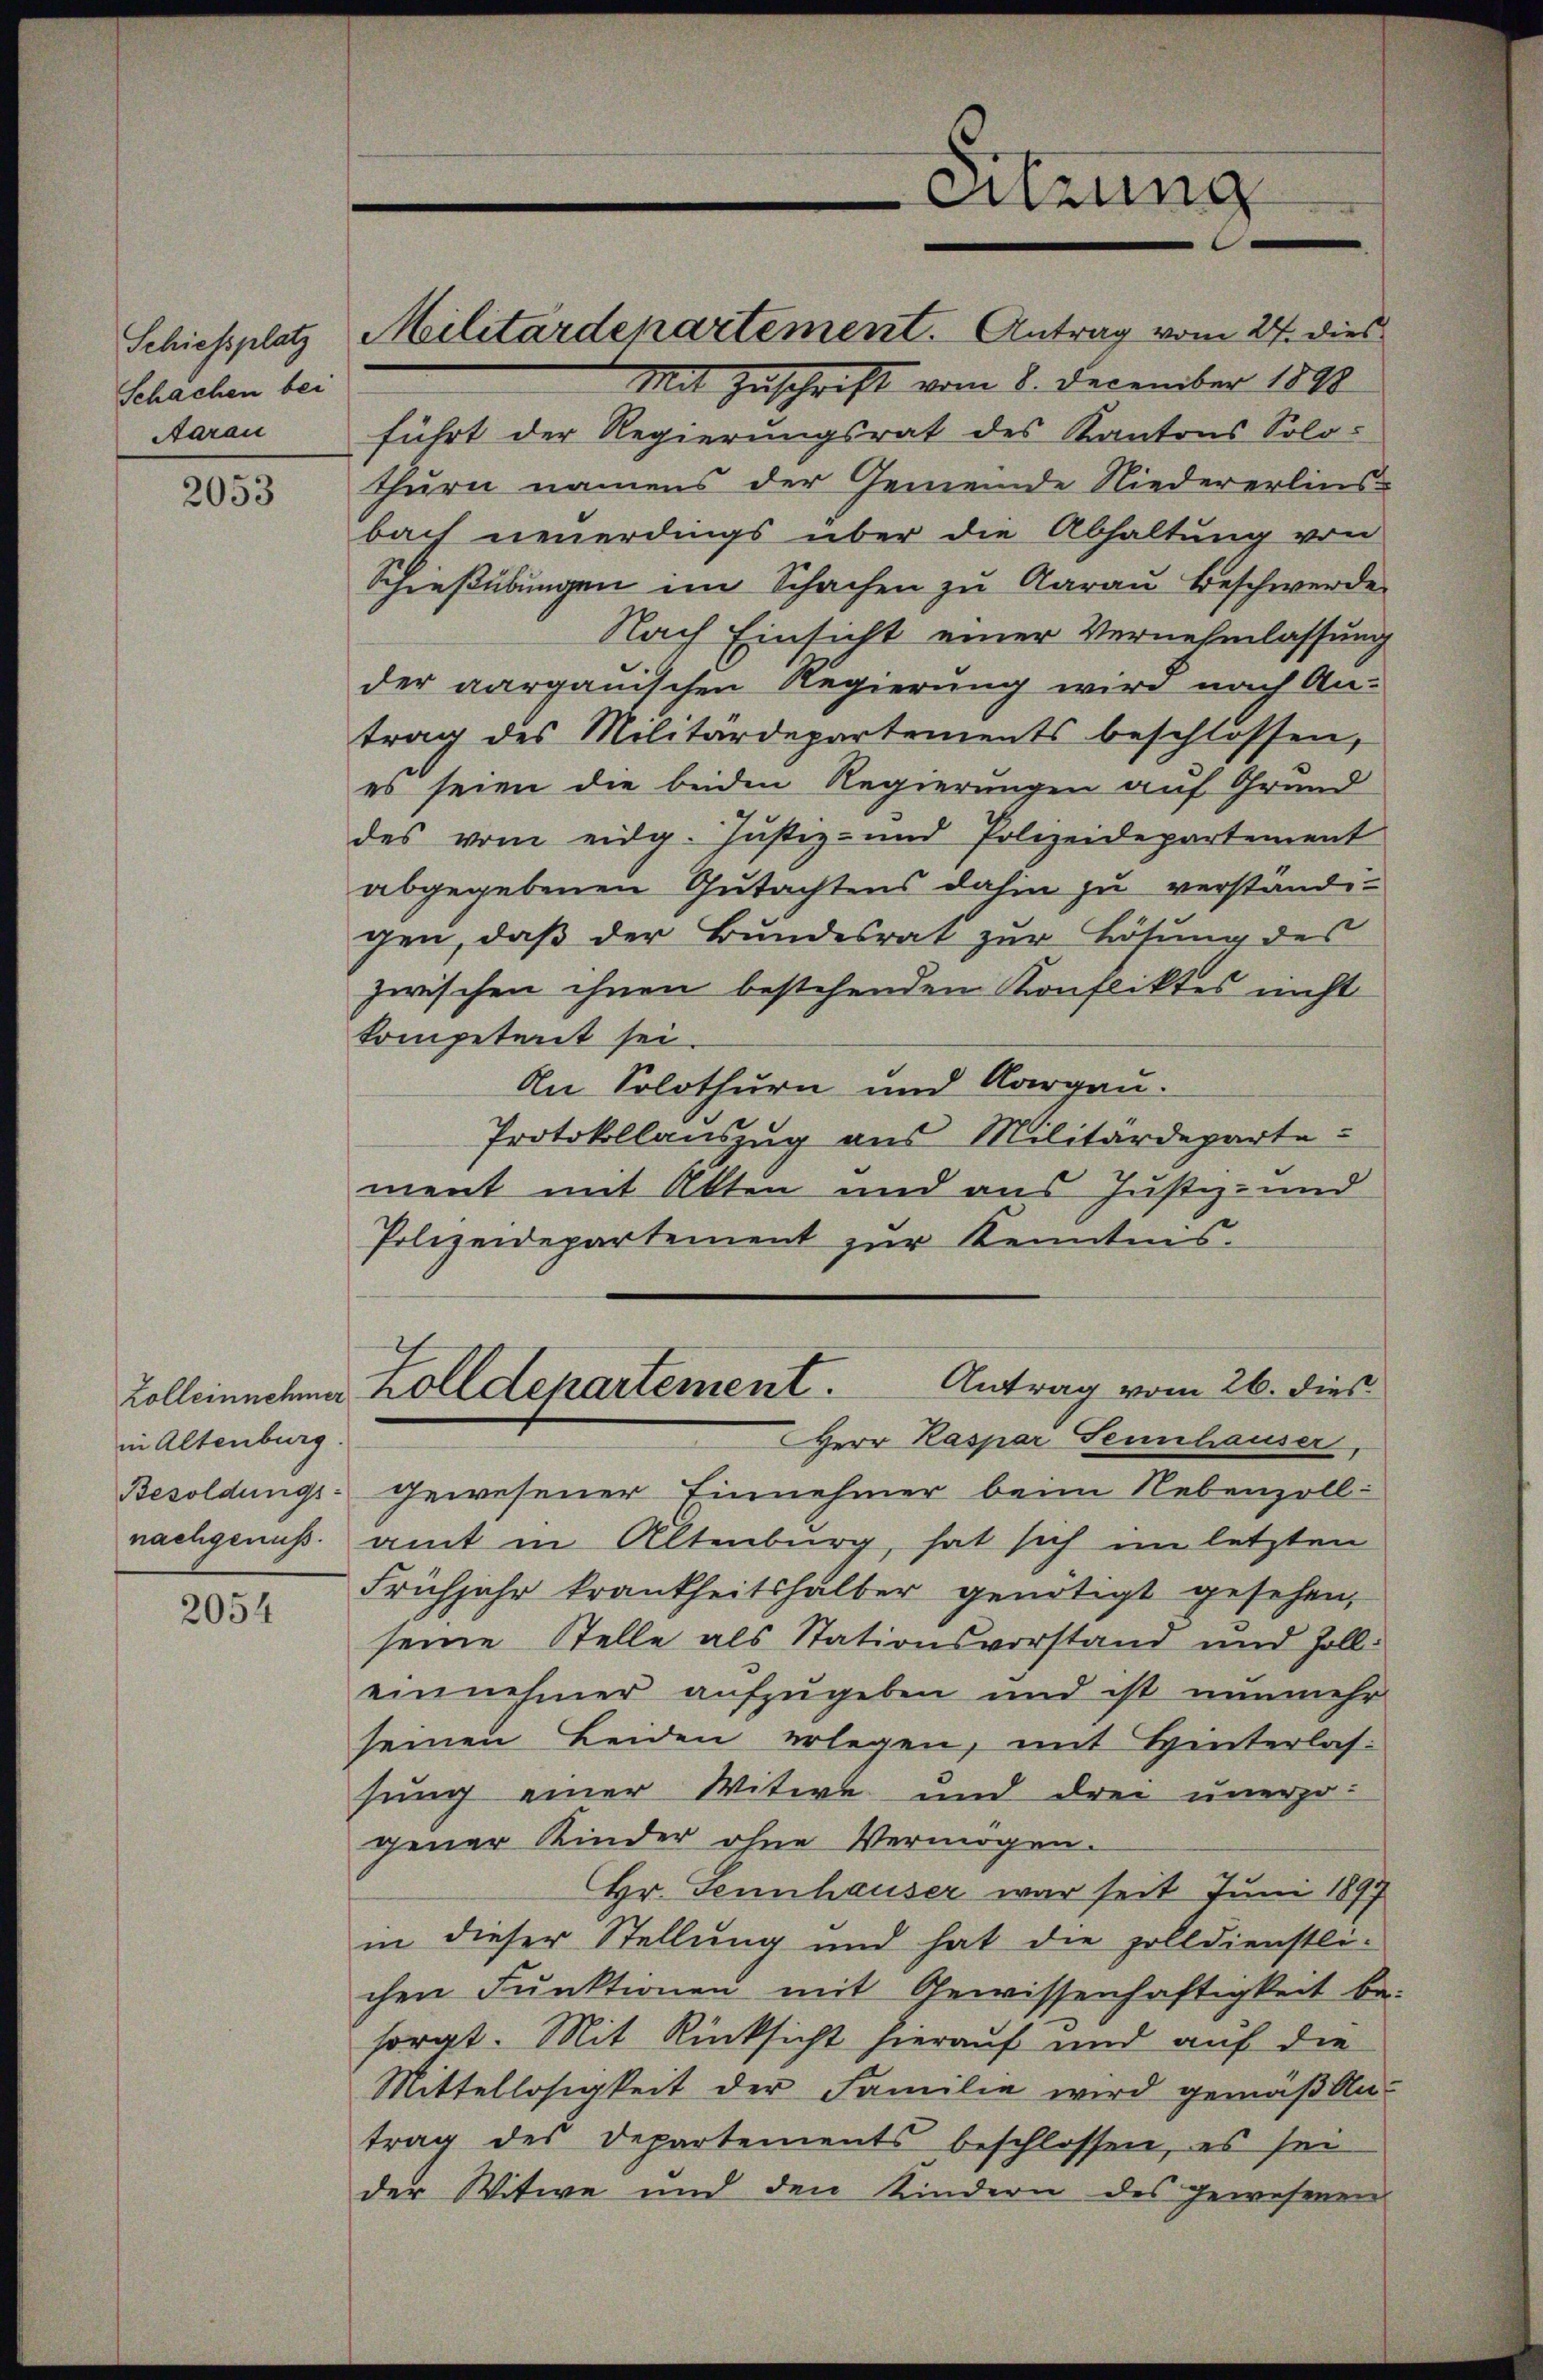
Schächen bei
Aarau

2053

in Altenburg
Besoldungs-

2054

führt der Regierungsrat des Kantons Solo-
thurn namens der Gemeinde Niedererlins-
bach neuerdings über die Abhaltung von
Schießübungen im Schachen zu Aarau Beschwerde
Nach Einsicht einer Vernehmlassung
der aargauischen Regierung wird nach Antrag des Militärdepartements beschlossen,
es seien die beiden Regierungen auf Grund
des vom eidg. Justiz- und Polizeidepartement
abgegebenen Gutachtens dahin zu verständigen, daß der Bundesrat zur Lösung des
zwischen ihnen bestehendem Konfliktes nicht
kompetent sei.
An Solothurn und Aargau.
Protokollauszug aus Militärdeparte
ment mit Alten und aus Justiz- und
Polizeidepartement zur Kenntnis.
Zolleinnehmer Zolldepartement. Antrag vom 26. dies
Herr Kaspar Sennhauser,
gewesener Einnehmer beim Nebenzoll-
nachgenuss. amt in Altenburg, hat sich im letzten
Frühjahr krankheitshalber genötigt gesehen,
seine Stelle als Stationsvorstand und Zolleinnehmer aufzugeben und ist nunmehr
seinen Beiden erlegen, mit Hinterlas-
sung einer Witwe und drei unerzogener Kinder ohne Vermögen.
Hr. Sennhauser war seit Juni 1897
in dieser Stellung und hat die zolldienstli-
chen Funktionen mit Gewissenhaftigkeit be
sorgt. Mit Rücksicht hierauf und auf die
Mittellosigkeit der Familie wird gemäß Au-
trag des Departements beschlossen, es sei
der Witwe und den Kindern des gewesenen

Schiessplatz Militärdepartement. Antrag vom 27. dies

Sitzung

Mit Zuschrift vom 8. December 1890